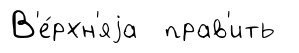
В'е́рхн'яjа прав'ить